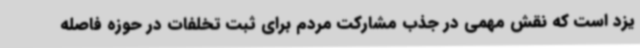
یزد است که نقش مهمی در جذب مشارکت مردم برای ثبت تخلفات در حوزه فاصله